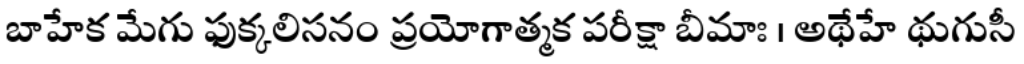
బాహేక మేగు ఫుక్కలిసనం ప్రయోగాత్మక పరీక్షా బీమాః । అథేహే థుగుసీ